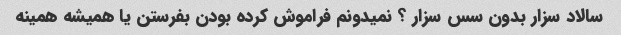
سالاد سزار بدون سس سزار ؟ نمیدونم فراموش کرده بودن بفرستن یا همیشه همینه